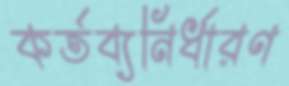
কর্তব্যনির্ধারণ